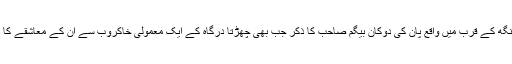
شہر کی کوئی گلی محلہ ہو، یا باگیچی لکھا سنگھ کے قرب میں واقع پان کی دوکان بیگم صاحب کا ذکر جب بھی چھڑتا درگاہ کے ایک معمولی خاکروب سے ان کے معاشقے کا ذکر ہوتا اور ہر شخص اپنی راۓ ضرور دیتا۔